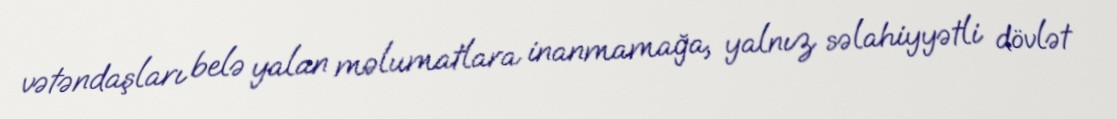
vətəndaşları belə yalan məlumatlara inanmamağa, yalnız səlahiyyətli dövlət